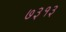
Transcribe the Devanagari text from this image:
७३१३